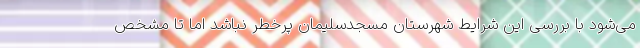
می‌شود با بررسی این شرایط شهرستان مسجدسلیمان پرخطر نباشد اما تا مشخص